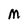
Character: M